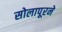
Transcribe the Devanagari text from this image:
सोलापूरने